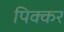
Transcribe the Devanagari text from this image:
पिक्कर